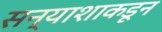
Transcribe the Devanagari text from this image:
सन्याशाकडून